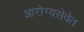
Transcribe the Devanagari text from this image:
आरोग्यसेवेत